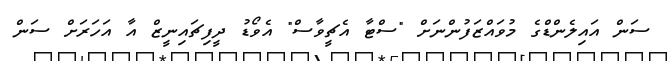
ސަން އައިލެންޑްގެ މުވައްޒަފުންނަށް "ސްޓާ އެޗީވާސް" އެވޯޑު ދީފިޗައިނީޒް އާ އަހަރަށް ސަން